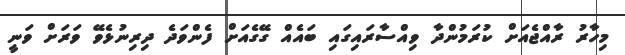
މިހާރު ރާއްޖެއަށް ކުރަމުންދާ ވިއްސާރައިގައި ބައެއް ގޭގެއަށް ފެންވަދެ ދިރިނުޅެވޭ ވަރަށް ވަނީ